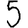
Digit: 5